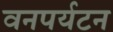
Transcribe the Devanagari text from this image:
वनपर्यटन